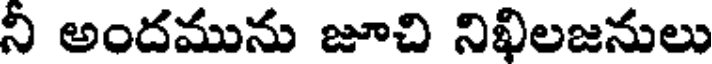
నీ అందమును జూచి నిఖిలజనులు